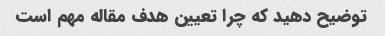
توضیح دهید که چرا تعیین هدف مقاله مهم است